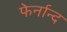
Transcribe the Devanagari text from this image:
फेर्नान्द